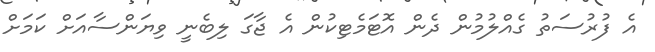
އެ ފުރުސަތު ގެއްލުމުން ދެން އޮޓަމެޓިކުން އެ ޖާގަ ލިބެނީ ވިޔަންސާއަށް ކަމަށް